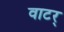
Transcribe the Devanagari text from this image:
वाटर्